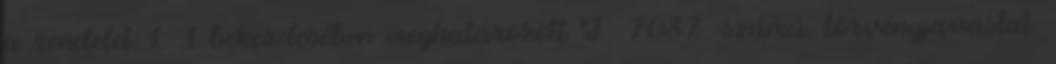
a rendelet 1. 1 bekezdésében meghatározott T 7037. számú. törvényjavaslat.